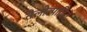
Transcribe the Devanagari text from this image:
तैलोत्पादित